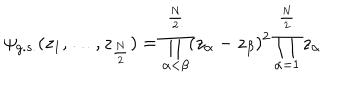
\psi _ { g . s . } ( z _ { 1 } , \ldots , z _ { \frac { N } { 2 } } ) = \prod _ { \alpha < \beta } ^ { \frac { N } { 2 } } ( z _ { \alpha } - z _ { \beta } ) ^ { 2 } \prod _ { \alpha = 1 } ^ { \frac { N } { 2 } } z _ { \alpha }